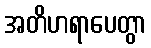
အတိဟရာပေတွာ